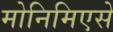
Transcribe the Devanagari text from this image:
मोनिमिएसे